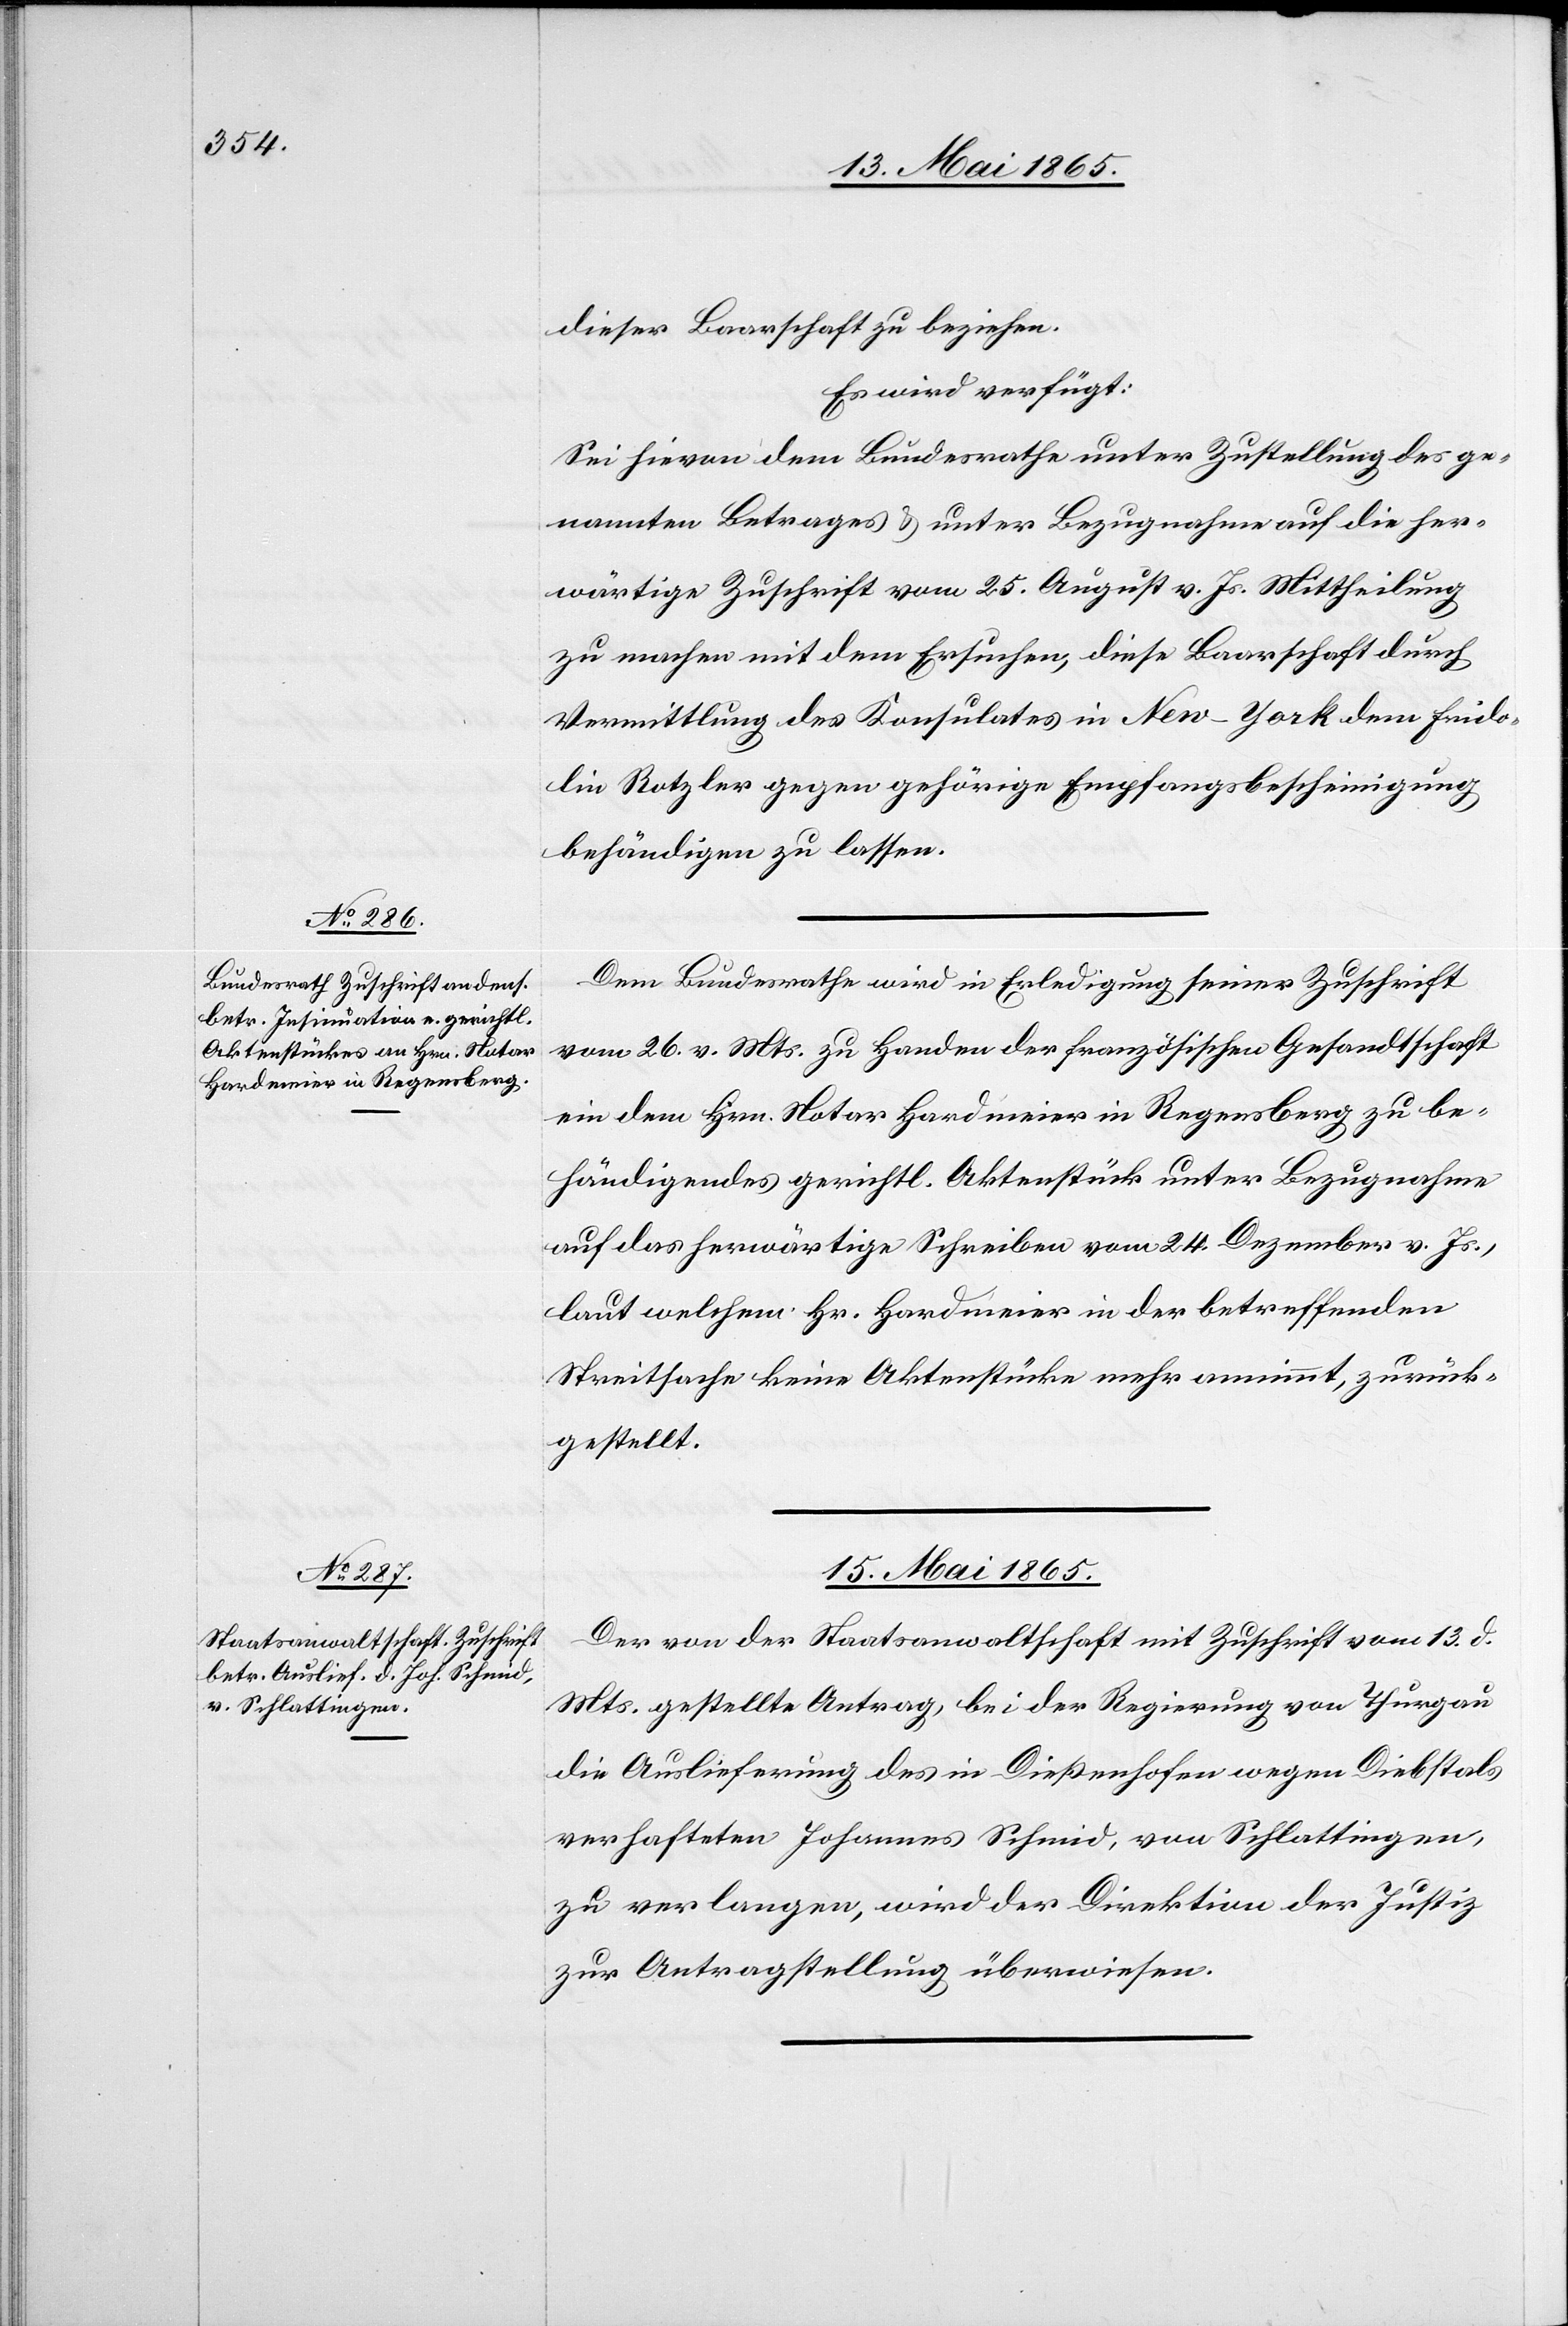
13. Mai 1865.]
dieser Baarschaft zu beziehen.
Es wird verfügt:
Sei hievon dem Bundesrathe unter Zustellung des ge¬
nannten Betrages & unter Bezugnahme auf die her¬
wärtige Zuschrift vom 25. August v. Js. Mittheilung
zu machen mit dem Ersuchen, diese Baarschaft durch
Vermittlung des Konsulates in New-York dem Frido¬
lin Rotzler gegen gehörige Empfangsbescheinigung
behändigen zu lassen.
Dem Bundesrathe wird in Erledigung seiner Zuschrift
vom 26. v. Mts. zu Handen der französischen Gesandtschaft
ein dem Hrn. Notar Hardmeier in Regensberg zu be¬
händigendes gerichtl. Aktenstück unter Bezugnahme
auf das herwärtige Schreiben vom 24. Dezember v. Js.,
laut welchem Hr. Hardmeier in der betreffenden
Streitsache keine Aktenstücke mehr annimmt, zurück¬
gestellt.
15. Mai 1865.
Der von der Staatsanwaltschaft mit Zuschrift vom 13. d.
Mts. gestellte Antrag, bei der Regierung von Thurgau
die Auslieferung des in Dießenhofen wegen Diebstals
verhafteten Johannes Schmid, von Schlattingen,
zu verlangen, wird der Direktion der Justiz
zur Antragstellung überwiesen.